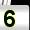
Digit: 5